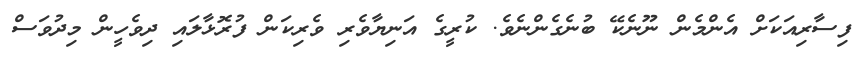
ފިސާރިއަކަށް އެންމެން ނޫނެކޭ ބުނެގެންނެވެ. ކުރީގެ އަނިޔާވެރި ވެރިކަން ފުރޮޅާލައި ދިވެހީން މިދުވަސް